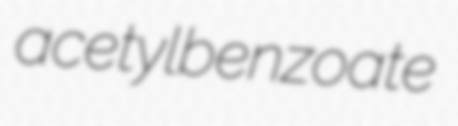
acetylbenzoate